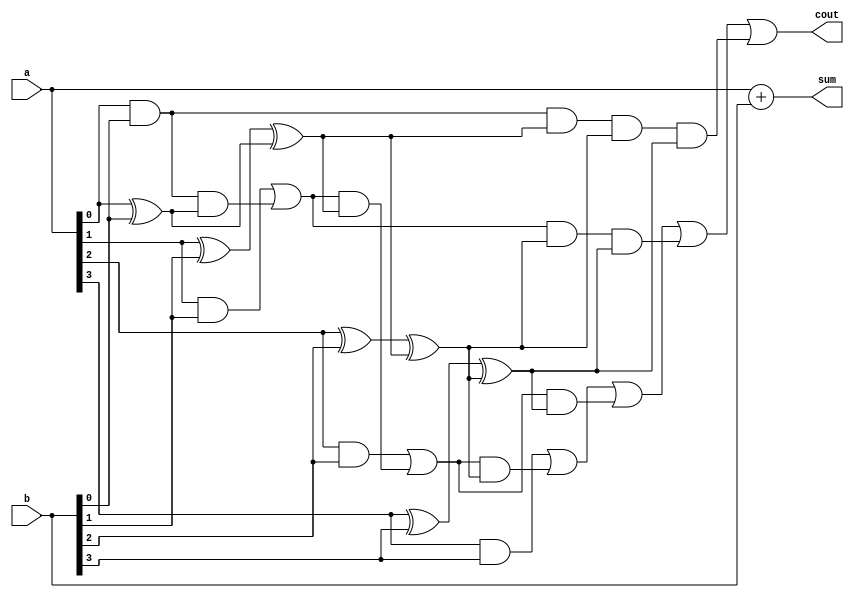
module carry_lookahead_adder (
  input [3:0] a,
  input [3:0] b,
  output [3:0] sum,
  output cout
);

wire [3:0] g, p;

assign g[0] = a[0] & b[0];
assign p[0] = a[0] ^ b[0];

assign g[1] = a[1] & b[1] | g[0] & p[0];
assign p[1] = a[1] ^ b[1] ^ p[0];

assign g[2] = a[2] & b[2] | g[1] & p[1];
assign p[2] = a[2] ^ b[2] ^ p[1];

assign g[3] = a[3] & b[3] | g[2] & p[2];
assign p[3] = a[3] ^ b[3] ^ p[2];

assign sum = a + b;
assign cout = g[3] | (g[2] & p[3]) | (g[1] & p[2] & p[3]) | (g[0] & p[1] & p[2] & p[3]);

endmodule